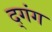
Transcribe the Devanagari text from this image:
द्गंग